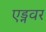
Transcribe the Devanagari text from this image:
एड्नवर